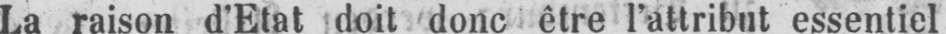
La raison d’Etat doit donc être l’attribut essentiel